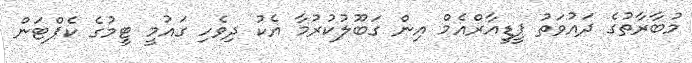
މުބާރާތުގެ ދައުވަތު ޕީޑީއާރްއެމް އިން ގަބޫލުކުރުމާ އެކު ދިވެހި ގައުމީ ޓީމުގެ ކެޕްޓަން